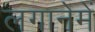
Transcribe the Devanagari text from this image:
लगानेमें